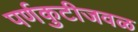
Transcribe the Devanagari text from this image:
पर्णकुटीजवळ